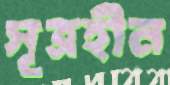
সূত্রহীন